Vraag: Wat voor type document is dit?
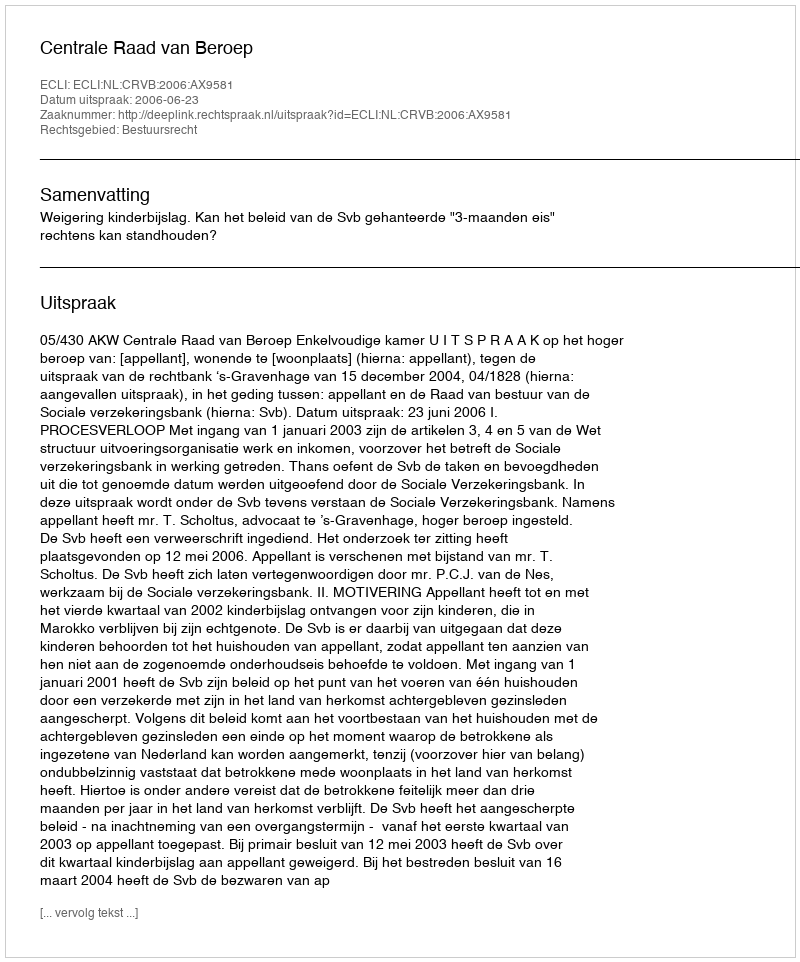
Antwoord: Uitspraak